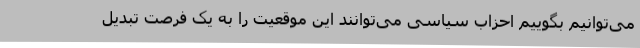
می‌توانیم بگوییم احزاب سیاسی می‌توانند این موقعیت را به یک فرصت تبدیل